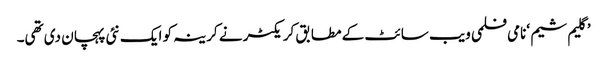
’گلیم شیم ‘نامی فلمی ویب سائٹ کے مطابق کریکٹر نے کرینہ کو ایک نئی پہچان دی تھی۔